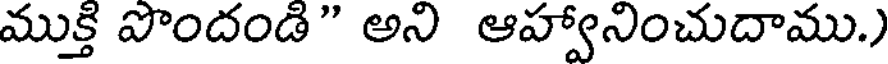
ముక్తి పొందండి" అని ఆహ్వానించుదాము.)